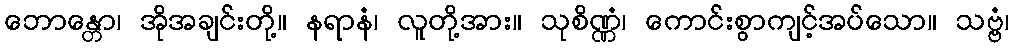
ဘောန္တော၊ အိုအချင်းတို့။ နရာနံ၊ လူတို့အား။ သုစိဏ္ဏံ၊ ကောင်းစွာကျင့်အပ်သော။ သဗ္ဗံ၊